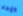
وإيجاد